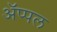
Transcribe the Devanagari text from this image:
ॲप्पल